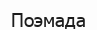
Поэмада